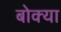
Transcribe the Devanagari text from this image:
बोक्‍या